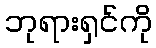
ဘုရားရှင်ကို